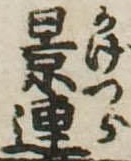
景連